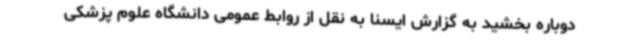
دوباره بخشید به گزارش ایسنا به نقل از روابط عمومی دانشگاه علوم پزشکی